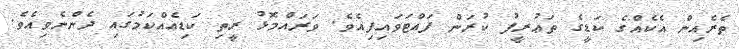
ތެރެއިން އެކެއްގެ ކަޑީގެ ތަޢުރީފު ކުރަން ފައްޓަވައިފިއެވެ. ވަރައްމޮޅު ރީތި ކަޑިއެއްކަމުގައި ދެންނެވިއެވެ.